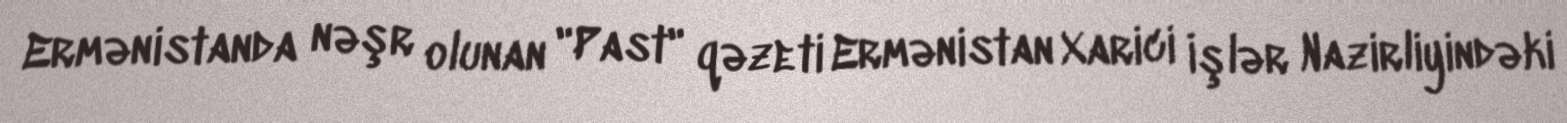
Ermənistanda nəşr olunan "Past" qəzeti Ermənistan Xarici İşlər Nazirliyindəki